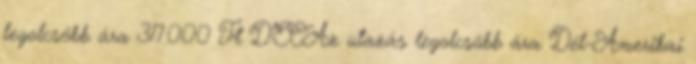
legolcsóbb ára 317.000 Ft DECAz utazás legolcsóbb ára Dél-Amerikai